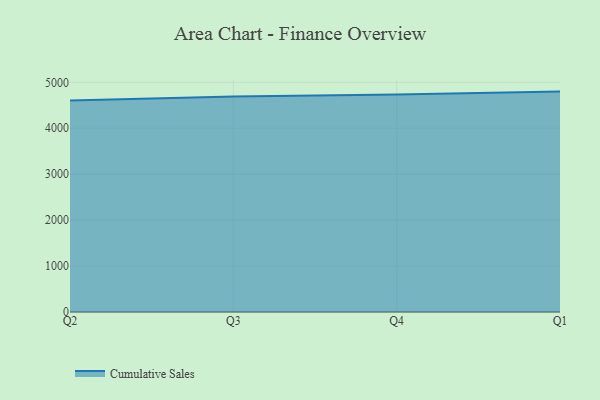
{"axis": {"x": "Quarter", "y": "Bounce Rate (%)"}, "legend": ["Cumulative Sales"], "data": [{"x": "Q2", "y": 4606.5, "type": "Cumulative Sales"}, {"x": "Q3", "y": 4693.5, "type": "Cumulative Sales"}, {"x": "Q4", "y": 4734.8, "type": "Cumulative Sales"}, {"x": "Q1", "y": 4798.5, "type": "Cumulative Sales"}]}